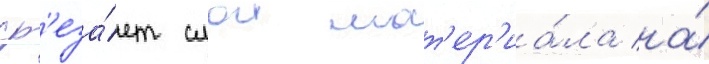
ср'еза́ет слои мат'ер'иа́ла на́